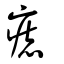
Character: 痣